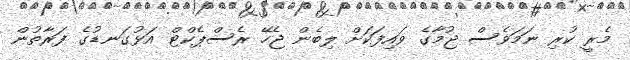
މެރީ ކުރި ނަމަވެސް ޖުމާގެ ވައިފަކަށް ލިބެން ޖެހޭ ރެސްޕެކްޓް އަޅުގަނޑުގެ ފަރާތުން